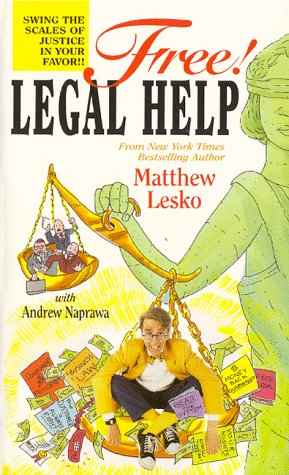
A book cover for Free! Legal Help: Swing the Scales of Justice in Your Favor!!; Matthew Lesko; Law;